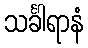
သင်္ခါရာနံ